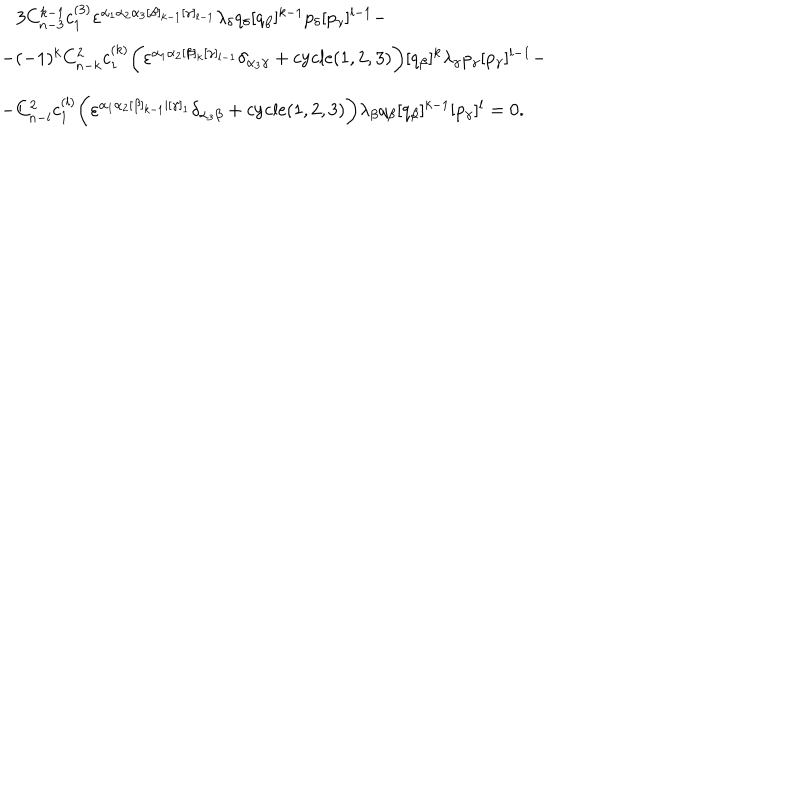
\begin{array} { l } { { \, \, \, \, \, 3 C _ { n - 3 } ^ { k - 1 } c _ { 1 } ^ { ( 3 ) } \varepsilon ^ { \alpha _ { 1 } \alpha _ { 2 } \alpha _ { 3 } [ \beta ] _ { k - 1 } [ \gamma ] _ { l - 1 } } \lambda _ { \delta } q _ { \delta } [ q _ { \beta } ] ^ { k - 1 } p _ { \delta } [ p _ { \gamma } ] ^ { l - 1 } - } } \\ { { - ( - 1 ) ^ { k } C _ { n - k } ^ { 2 } c _ { 1 } ^ { ( k ) } \biggl ( \varepsilon ^ { \alpha _ { 1 } \alpha _ { 2 } [ \beta ] _ { k } [ \gamma ] _ { l - 1 } } \delta _ { \alpha _ { 3 } \gamma } + \mathrm { c y c l e } ( 1 , 2 , 3 ) \biggr ) [ q _ { \beta } ] ^ { k } \lambda _ { \gamma } p _ { \gamma } [ p _ { \gamma } ] ^ { l - 1 } - } } \\ { { - C _ { n - l } ^ { 2 } c _ { 1 } ^ { ( l ) } \biggl ( \varepsilon ^ { \alpha _ { 1 } \alpha _ { 2 } [ \beta ] _ { k - 1 } | [ \gamma ] _ { 1 } } \delta _ { \alpha _ { 3 } \beta } + \mathrm { c y c l e } ( 1 , 2 , 3 ) \biggr ) \lambda _ { \beta } q _ { \beta } [ q _ { \beta } ] ^ { k - 1 } [ p _ { \gamma } ] ^ { l } = 0 . } } \\ \end{array}